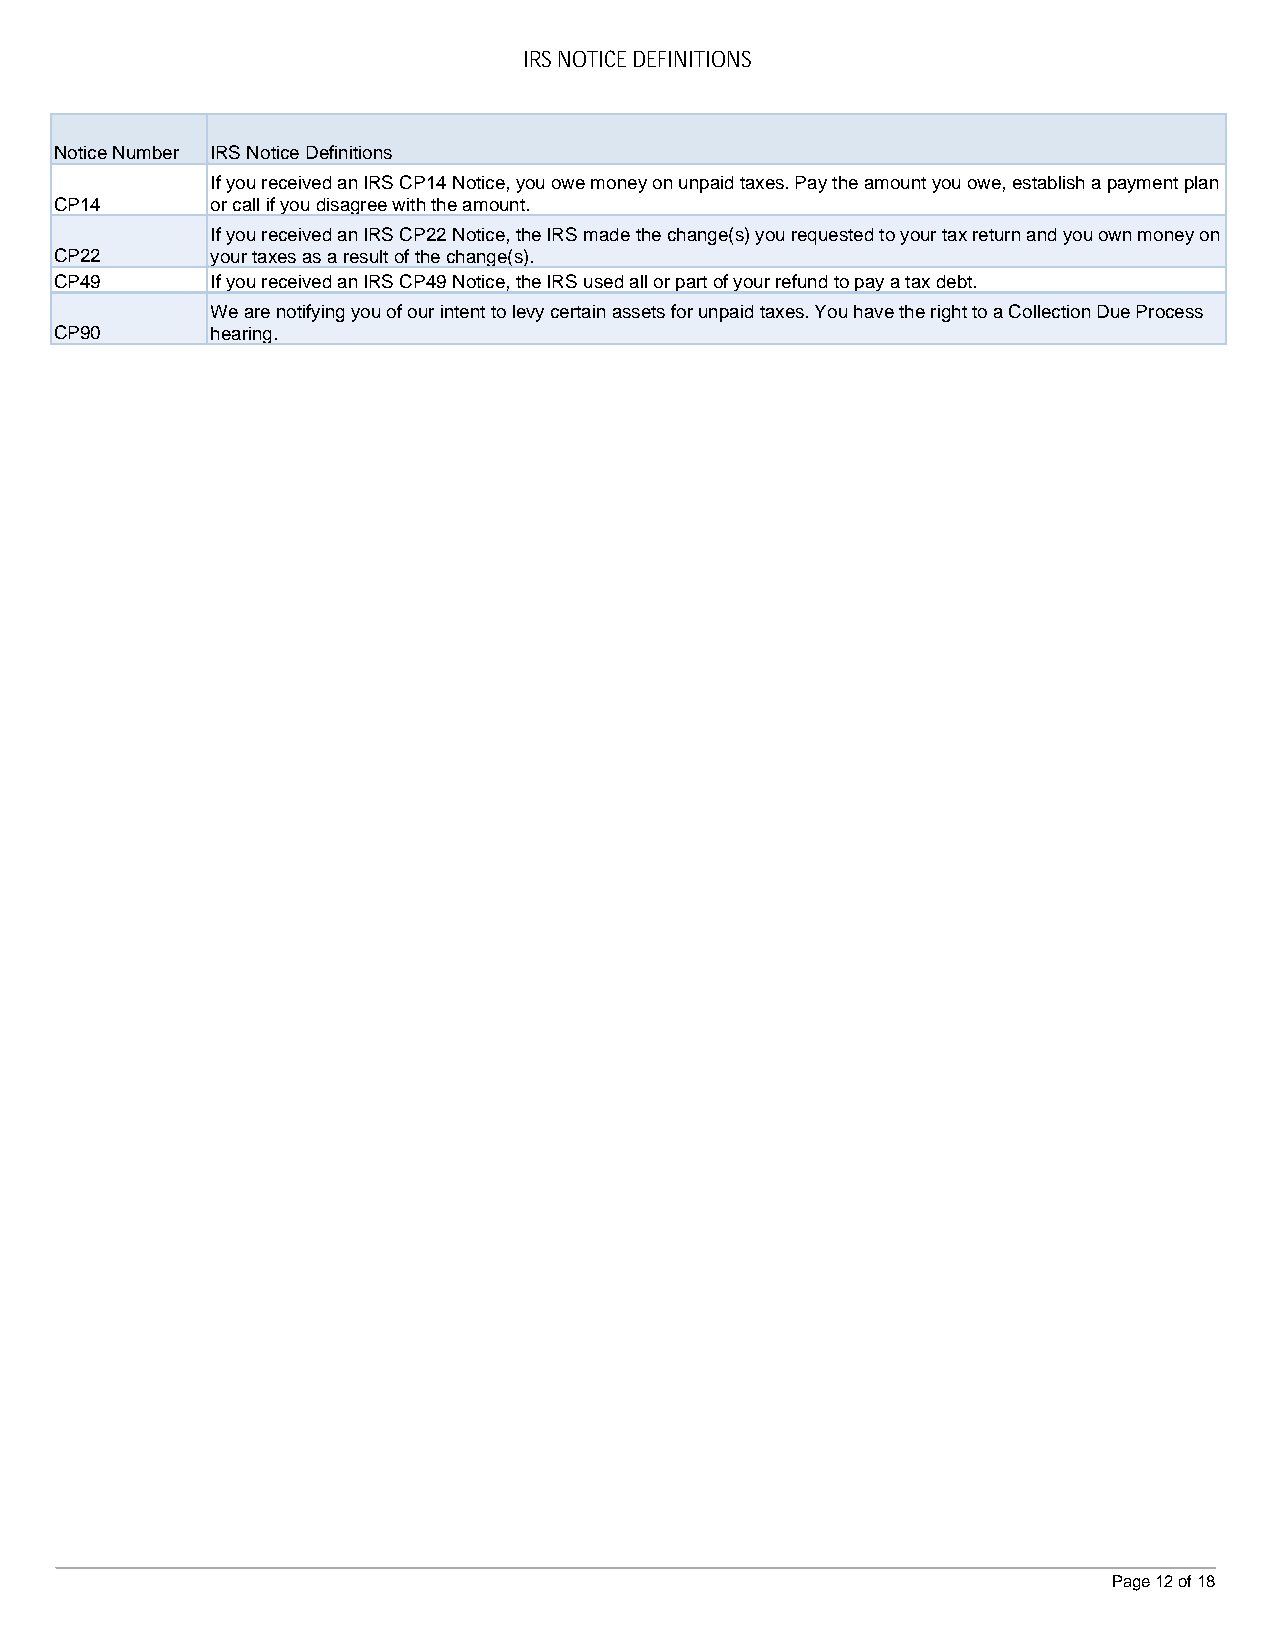
IRS NOTICE DEFINITIONS
 Notice Number IRS Notice Definitions
 If you received an IRS CP14 Notice, you owe money on unpaid taxes. Pay the amount you owe, establish a payment plan
 CP14      or call if you disagree with the amount.
 If you received an IRS CP22 Notice, the IRS made the change(s) you requested to your tax return and you own money on
 CP22      your taxes as a result of the change(s).
 CP49      If you received an IRS CP49 Notice, the IRS used all or part of your refund to pay a tax debt.
 We are notifying you of our intent to levy certain assets for unpaid taxes. You have the right to a Collection Due Process
 CP90      hearing.
 Page 12 of 18